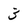
Character: 3